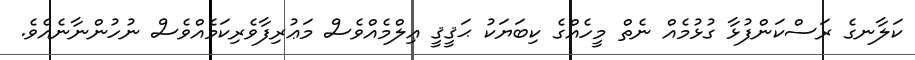
ކަލާނގެ ރަސްކަންފުޅާ ގުޅުމެއް ނެތް މީހެއްގެ ކިބަޔަކު ޙަޤީޤީ ޢިލްމެއްވެސް މަޢުރިފާވެރިކަމެއްވެސް ނުހުންނާނެއެވެ.